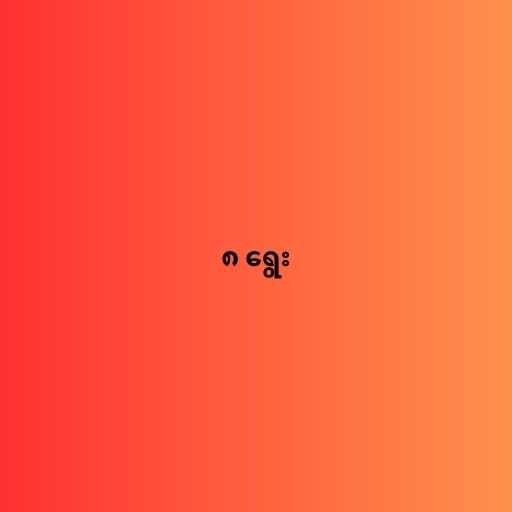
၈ ရွေး